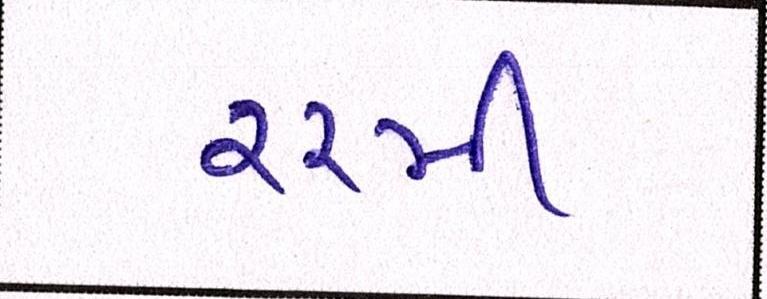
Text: ૨૨મી